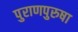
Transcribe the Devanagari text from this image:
पुराणपुरुषा